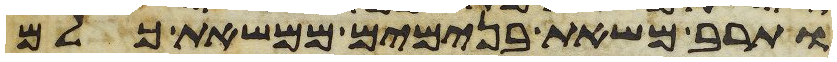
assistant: ותרב משאת בנימים ממשאת כלם